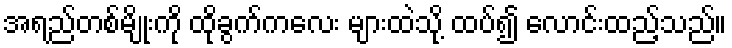
အရည်တစ်မျိုးကို ထိုခွက်ကလေး များထဲသို့ ထပ်၍ လောင်းထည့်သည်။